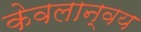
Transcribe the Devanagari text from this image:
केवलान्वय